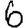
Digit: 6